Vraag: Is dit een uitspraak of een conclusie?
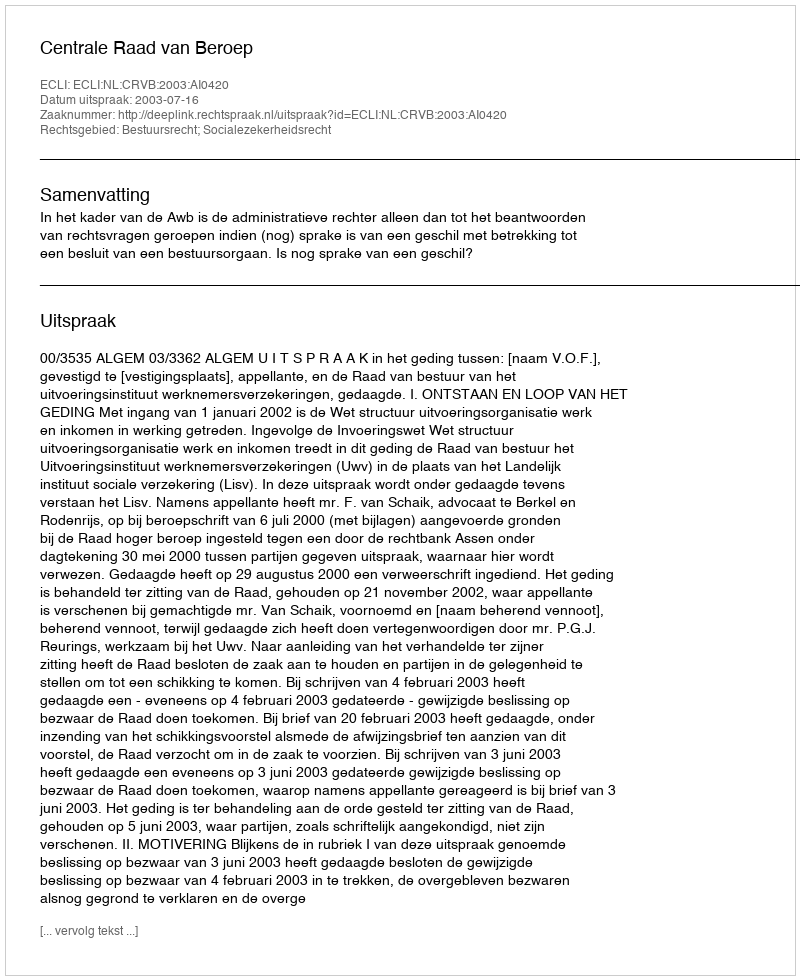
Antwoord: Uitspraak